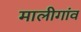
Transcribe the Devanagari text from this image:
मालीगांव